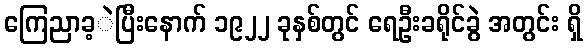
ကြေညာခ့ဲပြီးနောက် ၁၉၂၂ ခုနှစ်တွင် ရေဦးခရိုင်ခွဲ အတွင်း ရှိ